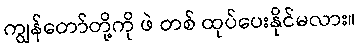
ကျွန်တော်တို့ကို ဖဲ တစ် ထုပ်ပေးနိုင်မလား။